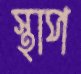
স্থাপ